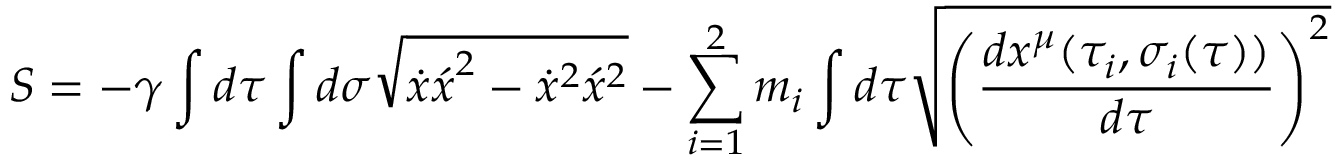
S = - \gamma \int d \tau \int d \sigma \sqrt { { \dot { x } \acute { x } } ^ { 2 } - { \dot { x } } ^ { 2 } { \acute { x } } ^ { 2 } } - \sum _ { i = 1 } ^ { 2 } m _ { i } \int d \tau \sqrt { { \left( \frac { d x ^ { \mu } ( { \tau } _ { i } , { \sigma } _ { i } ( \tau ) ) } { d \tau } \right) } ^ { 2 } }